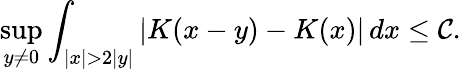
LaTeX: \operatorname*{sup}_{y\neq0}\int_{|x|>2|y|}|K(x-y)-K(x)|\, dx\leq\mathcal{C}.